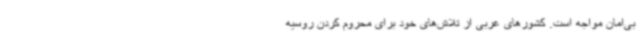
بی‌امان مواجه است. کشورهای غربی از تلاش‌های خود برای محروم کردن روسیه